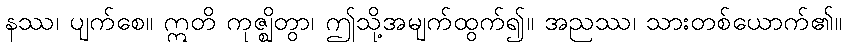
နဿ၊ ပျက်စေ။ ဣတိ ကုဇ္ဈိတွာ၊ ဤသို့အမျက်ထွက်၍။ အညဿ၊ သားတစ်ယောက်၏။